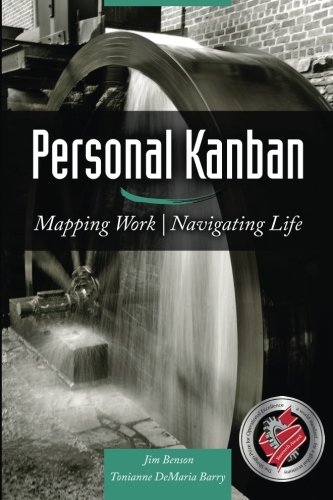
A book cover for Personal Kanban: Mapping Work | Navigating Life; Jim Benson; Self-Help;